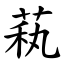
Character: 萟